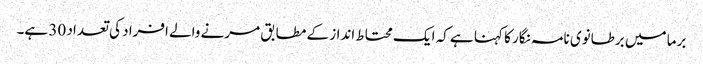
برما میں برطانوی نامہ نگار کا کہنا ہے کہ ایک محتاط انداز کے مطابق مرنے والے افراد کی تعداد 30 ہے۔